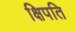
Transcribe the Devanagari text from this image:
क्षिपति